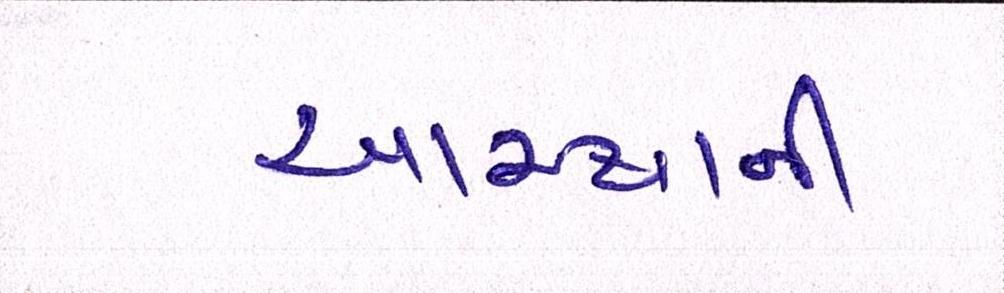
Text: આસ્થાની